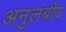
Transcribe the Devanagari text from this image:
अनुलंबीय